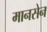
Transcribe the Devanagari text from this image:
मानसेन